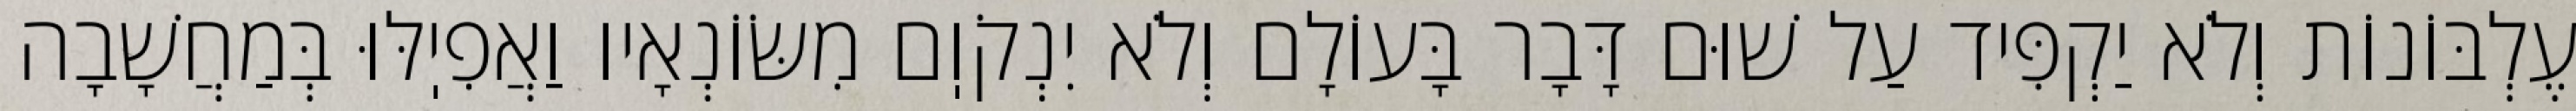
עֶלְבּוֹנוֹת וְלֹא יַקְפִּיד עַל שׁוּם דָּבָר בָּעוֹלָם וְלֹא יִנְקֹוֽם מִשּׂוֹנְאָיו וַאֲפִיֽלּוּ בְּמַחֲשָׁבָה